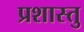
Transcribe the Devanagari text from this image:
प्रशास्तु